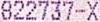
822737-X